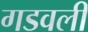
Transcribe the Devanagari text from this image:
गडवली